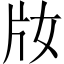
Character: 𤖩